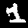
Digit: 1